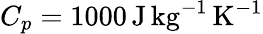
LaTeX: C_{p}=1000\, \mathrm{J}\, \mathrm{kg}^{-1}\, \mathrm{K}^{-1}